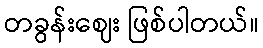
တခွန်းဈေး ဖြစ်ပါတယ်။